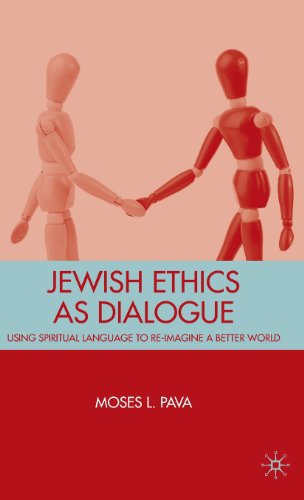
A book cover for Jewish Ethics as Dialogue: Using Spiritual Language to Re-Imagine a Better World; Moses Pava; Religion & Spirituality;